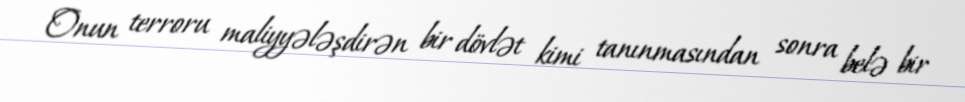
Onun terroru maliyyələşdirən bir dövlət kimi tanınmasından sonra belə bir